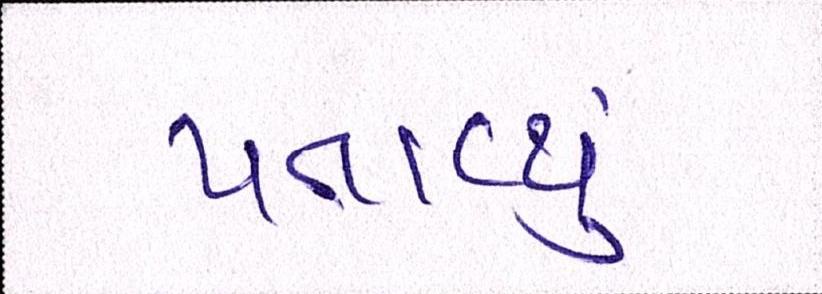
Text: પતાવ્યું